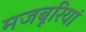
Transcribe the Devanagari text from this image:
मजबूरियां